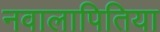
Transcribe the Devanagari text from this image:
नवालापितिया